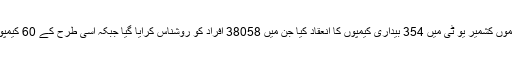
کورونا وائیرس کی وباء شروع ہوتے ہی جے کے ایل ایس اے نے جموں کشمیر یو ٹی میں 354 بیداری کیمپوں کا انعقاد کیا جن میں 38058 افراد کو روشناس کرایا گیا جبکہ اسی طرح کے 60 کیمپوں کا انعقاد لداخ یو ٹی میں کیا گیا جس سے 800 افراد مستفید ہوئے ۔